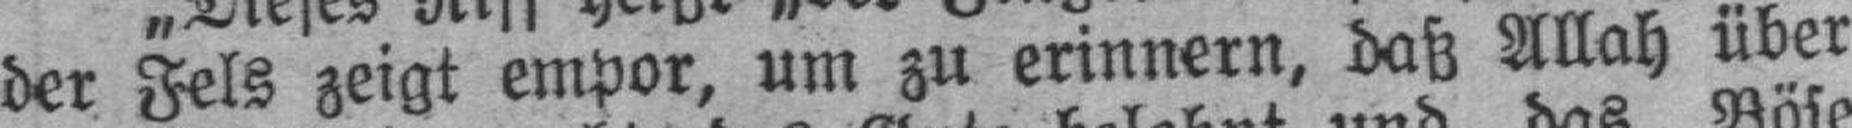
der Fels zeigt empor, um zu erinnern, daß Allah über